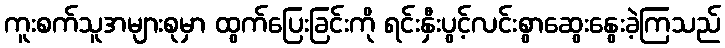
ကူးစက်သူအများစုမှာ ထွက်ပြေးခြင်းကို ရင်းနှီးပွင့်လင်းစွာဆွေးနွေးခဲ့ကြသည်